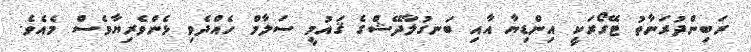
ރަބިންދުރަނާތު ޓޭގޯރަކީ އިންޑިޔާ އާއި ބަނގުލާދޭޝްގެ ޤައުމީ ސަލާމް ހެއްދެވި ޅެންވެރިޔާވެސް މެއެވެ.